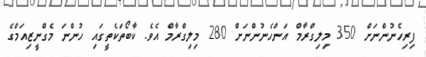
ފިރިހެނުންނަށް 350 މިލިގްރާމް އަންހެނުންނަށް 280 މިލިގްރާމް އެވެ. ކާބޯތަކެތީގައި ހުންނަ މެގްނީޒިއަމްގެ